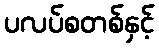
ပလပ်စတစ်နှင့်